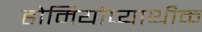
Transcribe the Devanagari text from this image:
होमियोप्याथीक